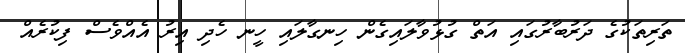
ތަރިތަކުގެ ދަރުބާރުގައި އަތް ގުޅުވާލައިގެން ހިނގާލައި ހީނ ހެދި އިރު އެއްވެސް ފިކުރެއް